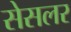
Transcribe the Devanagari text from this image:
सेसलर